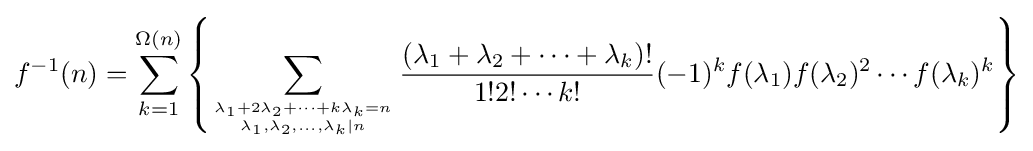
f^{-1}(n)=\sum _{k=1}^{\Omega (n)}\left\{\sum _{{\lambda _{1}+2\lambda _{2}+\cdots +k\lambda _{k}=n} \atop {\lambda _{1},\lambda _{2},\ldots ,\lambda _{k}|n}}{\frac {(\lambda _{1}+\lambda _{2}+\cdots +\lambda _{k})!}{1!2!\cdots k!}}(-1)^{k}f(\lambda _{1})f(\lambda _{2})^{2}\cdots f(\lambda _{k})^{k}\right\}